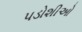
પડોશીઓ